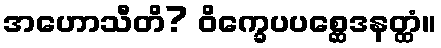
အဟောသီတိ? ဝိက္ခေပပစ္ဆေဒနတ္ထံ။